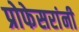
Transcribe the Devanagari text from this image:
प्रोफेसरांनी